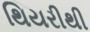
થિયરીથી